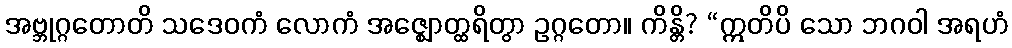
အဗ္ဘုဂ္ဂတောတိ သဒေဝကံ လောကံ အဇ္ဈောတ္ထရိတွာ ဥဂ္ဂတော။ ကိန္တိ? “ဣတိပိ သော ဘဂဝါ အရဟံ